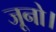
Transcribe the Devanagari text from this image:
जूनो।